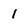
Character: I